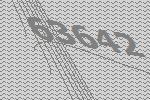
63642